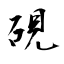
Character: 硯